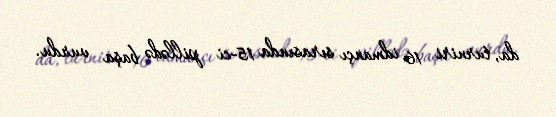
da, turniri 16 idmançı sırasında 15-ci pillədə başa vurdu.